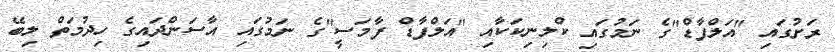
ރަށުގައި "އަލްފާޑް"ގެ ނަމުގައި ކްލިނިކަކާއި "އަލްފާޑް ފާމަސީ"ގެ ނަމުގައި އާސަންދައިގެ ހިދުމަތް ލިބޭ